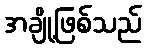
အချို့ဖြစ်သည်